Report on vaccination North-West Frontier Province 1904-1922 - 1904-1922
Year: 1904
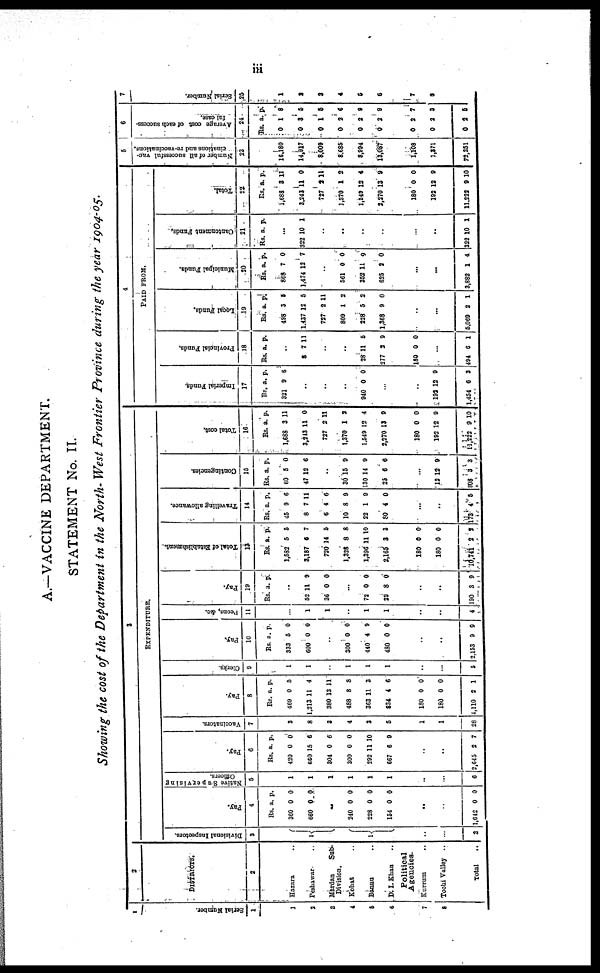
iii
A.—VACCINE DEPARTMENT.
STATEMENT No. IV.
Showing the cost of the Department in the North-West Frontier Province during the year 1904-05.
1
Serial Number.
1
1
2
3
4
5
6
7
8
2
DISTRICTS.
2
Hazara ..
Peshawar ..
Mardan
Sub-
Division.
Kohat ..
Bannu ..
D.I. Khan ..
Political
Agencies.
Kurrum ..
Tochi Valley ..
Total ..
3
EXPENDITURE.
Divisional Inspectors.
3
1
1
..
..
2
Pay.
4
Rs.
360
660
a.
0
0
p.
0
0
..
240
228
154
0
0
0
0
0
0
..
..
1,642 0 0
Native Supervising
Officers.
5
1
1
1
1
1
1
..
...
6
Pay.
6
Rs.
420
660
304
300
292
667
a.
0
15
0
0
11
6
p.
0
6
6
0
10
9
..
..
2,645 2 7
Vaccinators.
7
3
8
3
4
3
5
1
1
28
Pay.
8
Rs.
469
1,213
380
488
363
834
a.
0
11
13
8
11
4
p.
5
4
11
8
3
6
180
180
4,110
0
0
2
0
0
1
Clerks.
9
1
1
..
1
1
1
..
...
5
Pay.
10
Rs.
333
600
a.
5
0
p.
0
0
..
300
440
480
0
4
0
0
9
0
..
..
2,153 9 9
Peons, &c.
11
...
1
1
..
1
1
..
..
4
Pay.
19
Rs. a. p.
..
52
36
11
0
9
0
...
72
29
0
8
0
0
..
..
190 3 9
Total of Establishment.
13
Rs.
1,582
3,187
720
1,328
1,396
2,165
a.
5
6
14
8
11
3
p.
5
7
5
8
10
3
180
180
10,741
0
0
2
0
0
2
Travelling allowance.
14
Rs.
45
8
6
10
22
80
a.
9
7
4
8
1
4
p.
6
11
6
9
9
0
...
..
173 4 5
Contingencies.
15
Rs.
60
47
a.
5
12
p.
0
6
..
30
130
25
15
14
6
9
9
6
...
12
308
12
3
9
3
Total cost.
16
Rs.
1,688
3,243
727
1,370
1,549
2,270
a.
3
11
2
1
12
13
p.
11
0
11
2
4
9
180
192
11,222
0
12
9
0
9
10
4
PAID FROM.
Imperial Funds.
17
Rs.
321
a.
9
p.
6
..
..
..
940 0 0
...
..
192
1,454
12
6
9
3
Provincial Funds.
18
Rs. a. p.
..
8 7 11
..
..
28
277
11
2
5
9
180 0 0
...
494 6 1
Local Funds.
19
Rs.
498
1,437
727
809
228
1,368
a.
3
12
2
1
5
9
p.
5
5
11
2
2
0
..
..
5,069 2 1
Municipal Funds.
20
Rs.
868
1,474
a.
7
12
p.
0
7
..
561
352
625
0
11
2
0
9
0
...
...
3,882 1 4
Cantonment Funds.
21
Rs. a. p.
...
322 10 1
..
..
..
..
..
..
322 10 1
Total.
22
Rs.
1,688
3,243
727
1,370
1,549
2,270
a.
3
11
3
1
12
13
p.
11
0
11
2
4
9
180
192
11,222
0
12
9
0
9
10
5
Number of all successful vac-
cinations and re-vaccinations.
23
16,180
14,917
8,009
8,685
8,994
13,087
1,108
1,371
72,351
6
Average cost of each success-
ful case.
24
Rs.
0
0
0
0
0
0
a.
1
3
1
2
2
2
p.
8
5
5
6
9
9
0
0
0
2
2
2
7
3
5
7
Serial Number.
25
1
2
3
4
5
6
7
8